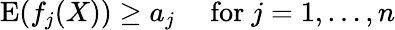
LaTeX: \operatorname{E}(f_{j}(X))\geq a_{j}\quad{\mathrm{~for~}}j=1,\ldots,n